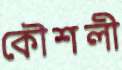
কৌশলী